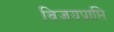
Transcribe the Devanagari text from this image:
विजयप्राप्ति